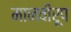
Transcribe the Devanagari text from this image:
मानवीरूप